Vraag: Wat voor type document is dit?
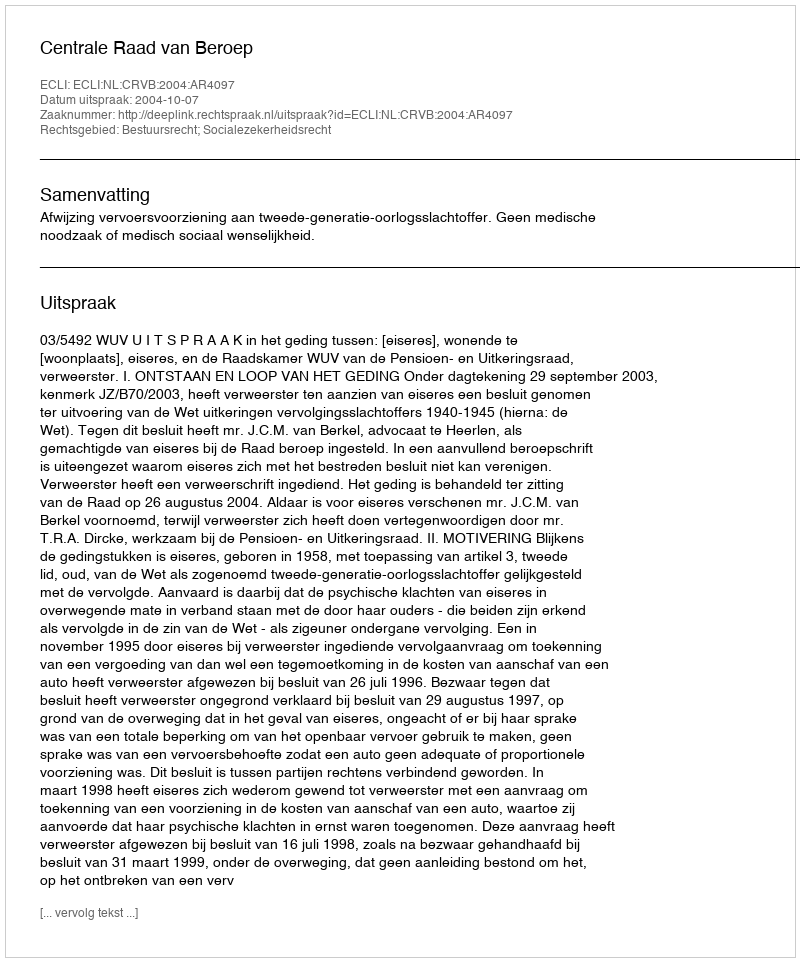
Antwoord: Uitspraak